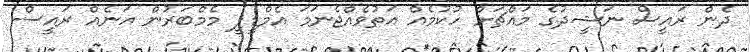
ދެން ރައީސް ނަޝީދުގެ މައްޗަށް ހުކުމެއް އަތުވެއްޖެނަމަ އެމްޑީޕީ މެމްބަރުން އަނެއް ރައީސް